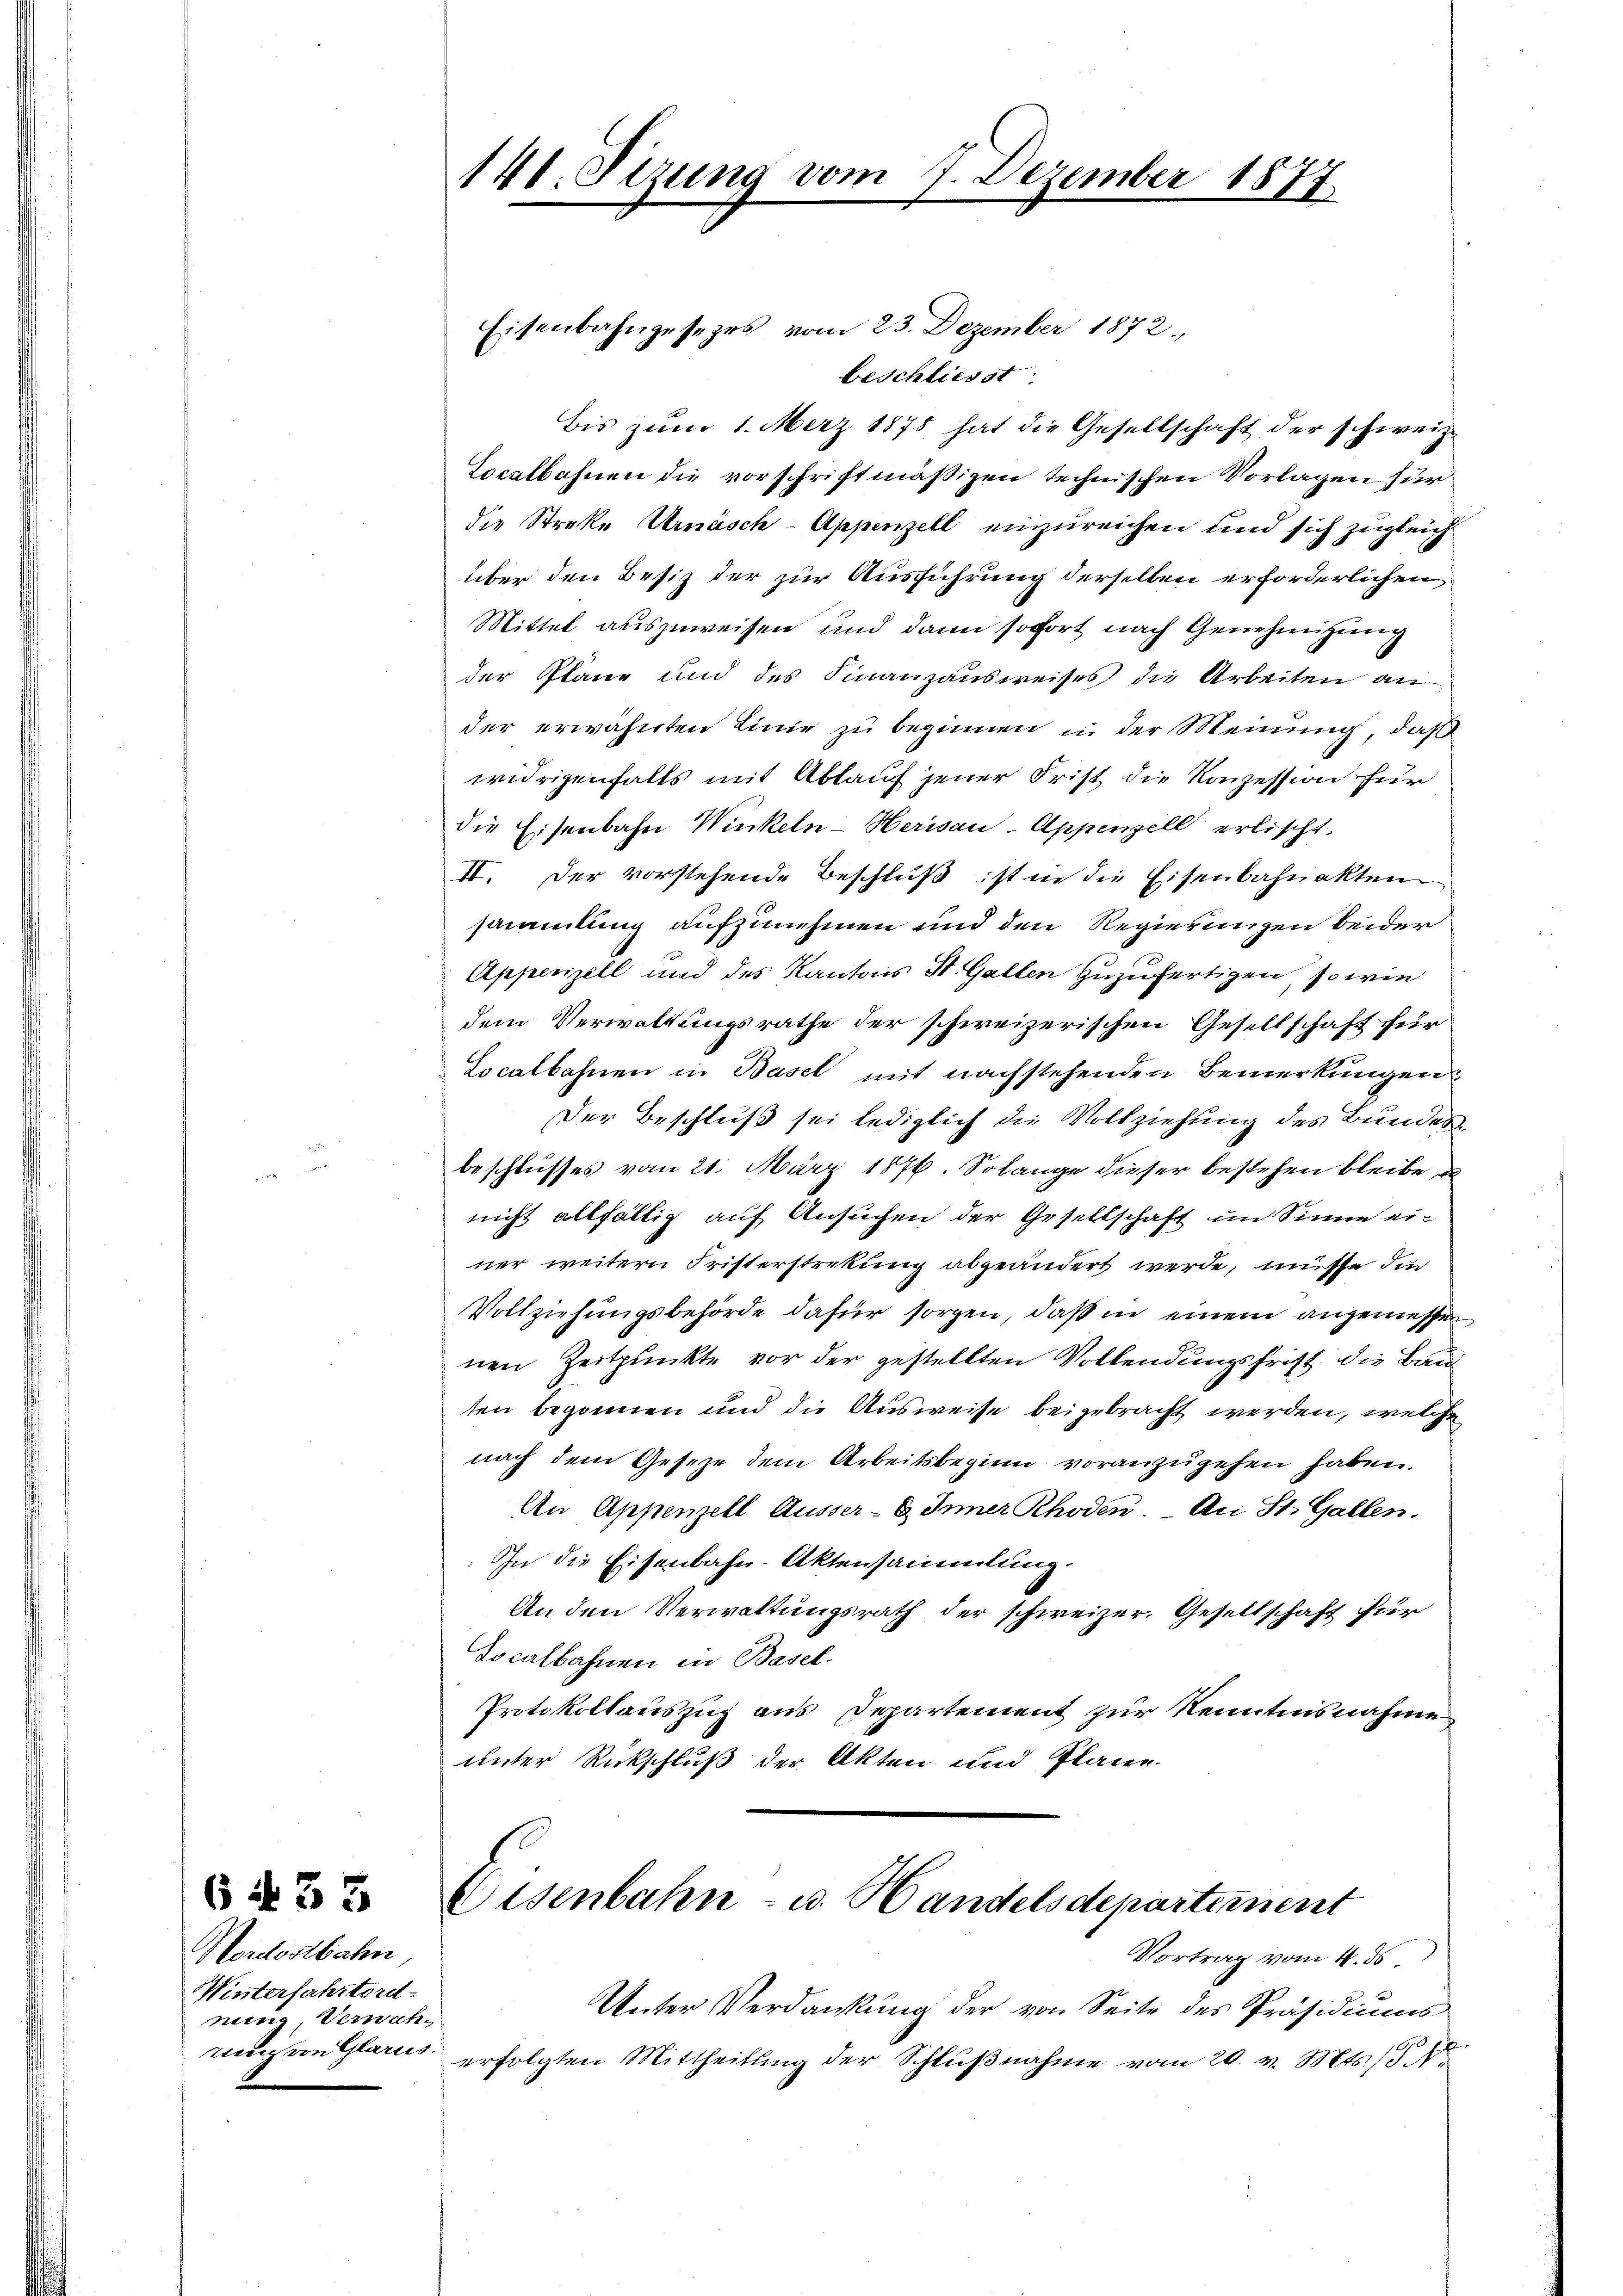
6 433

Nordostbahn
Winterfahrtord-
nung Verwahwenig von Glarus. |

141. Sizung vom 7. Dezember 1877

Eisenbahngesezes vom 23. Dezember 1872.
beschliesst
Bis zum 1. März 1875 hat die Gesellschaft der schweiz.
Localbahnen die vorschriftmäßigen technischen Vorlagen für
die Streke Urnäsch-Appenzell einzureichen und sich zugleich
über den Besiz der zur Ausführung derselben erforderlichen
Mittel auszuweisen und dann sofort nach Genehmigung
der Pläne und des Finanzausweises die Arbeiten an
der erwähnten Linie zu beginnen in der Meinung, daß
widrigenfalls mit Ablauf jener Frist die Konzession für
die Eisenbahn Winkeln-Herisau-Appenzell erlischt.
II. Der vorstehende Beschluß ist in die Eisenbahnakten
sammlung aufzunehmen und den Regierungen beider
Appenzell und des Kantons St. Gallen zuzufertigen, so wie
dem Verwaltungsrathe der schweizerischen Gesellschaft für
Localbahnen in Basel mit nachstehenden Bemerkungen
Der Beschluß sei lediglich die Vollziehung des Bundes
beschlusses vom 21. März 1876. Solange dieser bestehen bleibe, u
nicht allfällig auf Ansuchen der Gesellschaft im Sinne einer weitern Fristerstrekung abgeändert werde, müsse di
Vollziehungsbehörde dafür sorgen, daß in einem angemessen
nen Zeitpunkte vor der gestellten Vollendungsfrist die Bau
ten begonnen und die Ausweise beigebracht werden, welche
nach dem Gesetze dem Arbeitsbeginn voranzugehen haben.
An Appenzell Äusser- & Appenzell. An St. Gallen.
In die Eisenbahn-Aktensammlung.
An den Verwaltungsrath der schweizer. Gesellschaft für
Docalbahnen in Basel.
Protokollauszug aus Departement zur Kenntnisnahme
unter Rückschluß der Akten und Plane.

Eisenbahn - u. Handelsdepartement
Vortrag vom 4. ds.

Unter Verdankung der von Seite des Präsidiums
erfolgten Mittheilung der Schlŭβnahme vom 20. v. Mts. S.